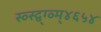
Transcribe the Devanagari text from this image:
स्व्स्द्व्ग्व्म्४६५४